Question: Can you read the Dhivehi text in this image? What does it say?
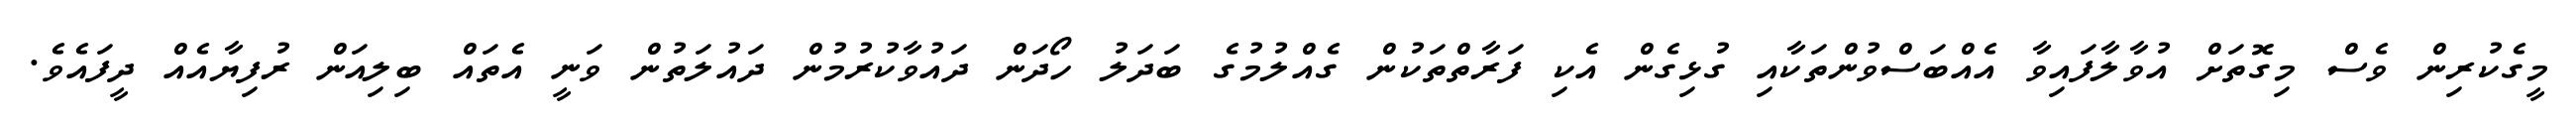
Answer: މީގެކުރިން ވެސް މިގޮތަށް އުވާލާފައިވާ އެއްބަސްވުންތަކާއި ގުޅިގެން އެކި ފަރާތްތަކުން ގެއްލުމުގެ ބަދަލު ހޯދަން ދައުވާކުރުމުން ދައުލަތުން ވަނީ އެތައް ބިލިއަން ރުފިޔާއެއް ދީފައެވެ.